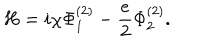
H = i \chi \Phi _ { 1 } ^ { ( 2 ) } - \frac { e } { 2 } \Phi _ { 2 } ^ { ( 2 ) } .